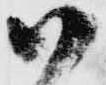
御